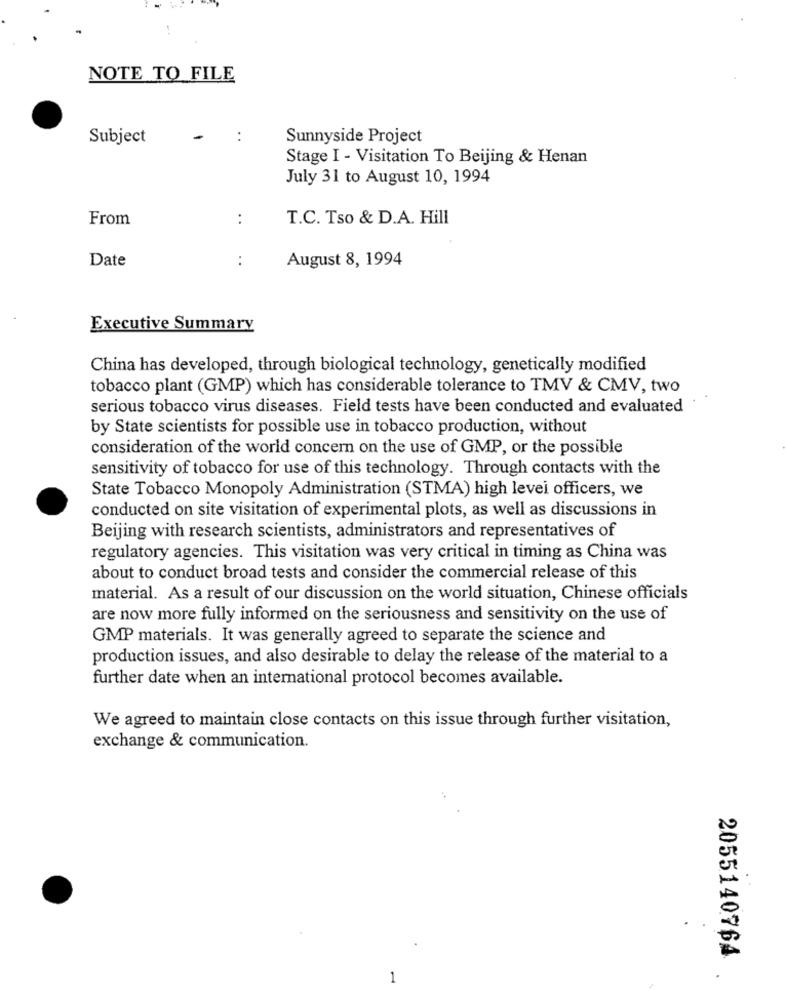
NOTE TO FILE
Subject
:
Sunnyside Project
Stage I - Visitation To Beijing & Henan
July 31 to August 10, 1994
From
:
T.C. Tso & D.A. Hill
Date
:
August 8, 1994
Executive Summary
China has developed, through biological technology, genetically modified
tobacco plant (GMP) which has considerable tolerance to TMV & CMV, two
serious tobacco virus diseases. Field tests have been conducted and evaluated
by State scientists for possible use in tobacco production, without
consideration of the world concern on the use of GMP, or the possible
sensitivity of tobacco for use of this technology. Through contacts with the
State Tobacco Monopoly Administration (STMA) high levei officers, we
conducted on site visitation of experimental plots, as well as discussions in
Beijing with research scientists, administrators and representatives of
regulatory agencies. This visitation was very critical in timing as China was
about to conduct broad tests and consider the commercial release of this
material. As a result of our discussion on the world situation, Chinese officials
are now more fully informed on the seriousness and sensitivity on the use of
GMP materials. It was generally agreed to separate the science and
production issues, and also desirable to delay the release of the material to a
further date when an international protocol becomes available.
We agreed to maintain close contacts on this issue through further visitation,
exchange & communication.
2055140764
1
.